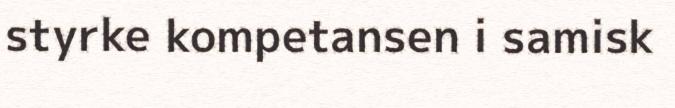
styrke kompetansen i samisk